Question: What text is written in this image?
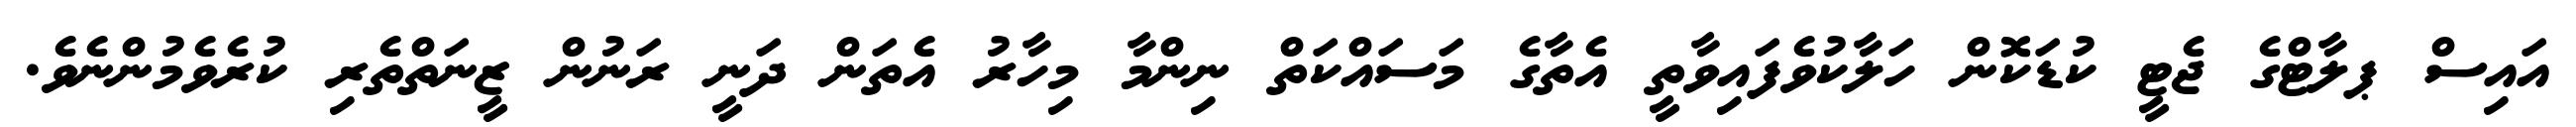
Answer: އައިސް ޕލާޓްގެ ޖެޓީ ކުޑަކޮން ހަލާކުވެފައިވާތީ އެތާގެ މަސައްކަތް ނިންމާ މިހާރު އެތަން ދަނީ ރަނުން ޒީނަތްތެރި ކުރެވެމުންނެވެ.